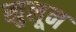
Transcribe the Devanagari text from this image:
खुलून